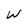
Character: W